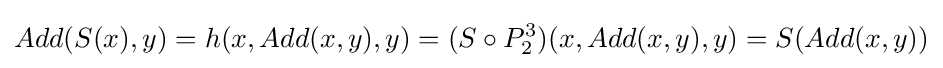
Add(S(x),y)=h(x,Add(x,y),y)=(S\circ P_{2}^{3})(x,Add(x,y),y)=S(Add(x,y))